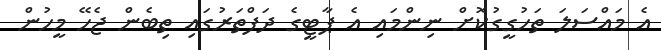
އެ މައްސަލަ ތަހުގީގުކޮށް ނިންމައި އެ ޕާޓީގެ ދަފްތަރުގައި ތިބެން ޖެހޭ މީހުން